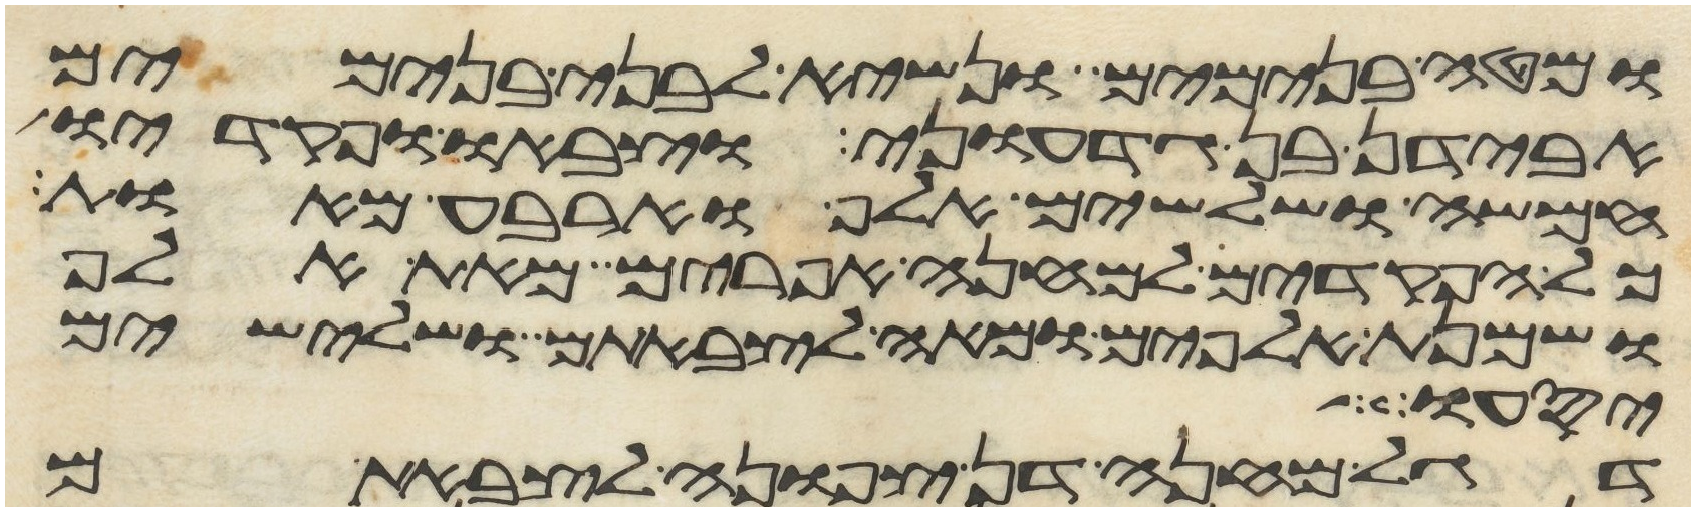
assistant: ומטה בנימים ונשיא לבני בנימים
אבידן בן גדעוני וצבאו ופקדיו
חמשה ושלשים אלף וארבע מאות
כל הפקדים למחנה אפרים מאת אלף
ושמנת אלפים ומאה לצבאתם ושלישים
יסעו
דגל מחנה דן צפונה לצבאתם